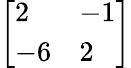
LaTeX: \left[{\begin{array}{ll}{2}&{-1}\\ {-6}&{2}\end{array}}\right]